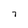
Character: 7